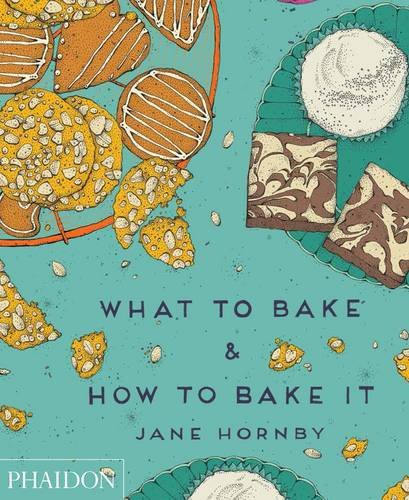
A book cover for What to Bake & How to Bake It; Jane Hornby; Cookbooks, Food & Wine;